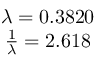
\begin{array} { c } { \lambda = 0 . 3 8 2 0 } \\ { \frac { 1 } { \lambda } = 2 . 6 1 8 } \end{array}